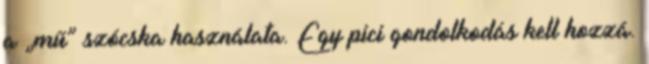
a „mű” szócska használata. Egy pici gondolkodás kell hozzá.